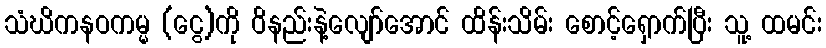
သံဃိကနဝကမ္မ (ငွေ)ကို ဝိနည်းနဲ့လျော်အောင် ထိန်းသိမ်း စောင့်ရှောက်ပြီး သူ့ ထမင်း